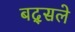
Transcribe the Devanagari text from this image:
बद्सले